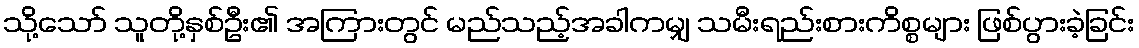
သို့သော် သူတို့နှစ်ဦး၏ အကြားတွင် မည်သည့်အခါကမျှ သမီးရည်းစားကိစ္စများ ဖြစ်ပွားခဲ့ခြင်း